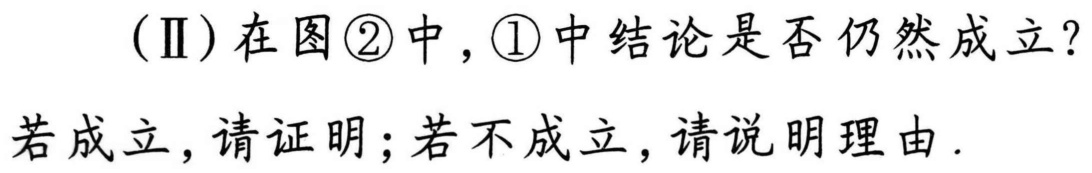
(Ⅱ)在图\textcircled{2}中,\textcircled{1}中结论是否仍然成立?
若成立,请证明;若不成立,请说明理由.